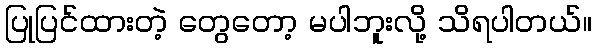
ပြုပြင်ထားတဲ့ တွေတော့ မပါဘူးလို့ သိရပါတယ်။